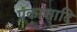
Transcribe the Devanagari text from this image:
प्रकाशादि